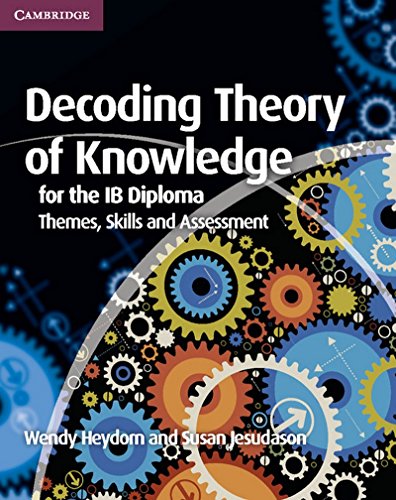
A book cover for Decoding Theory of Knowledge for the IB Diploma: Themes, Skills and Assessment; Wendy Heydorn; Teen & Young Adult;